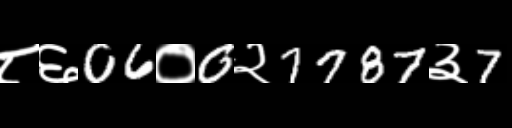
Text: ८६06०0२7787३7